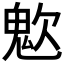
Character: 𩲟